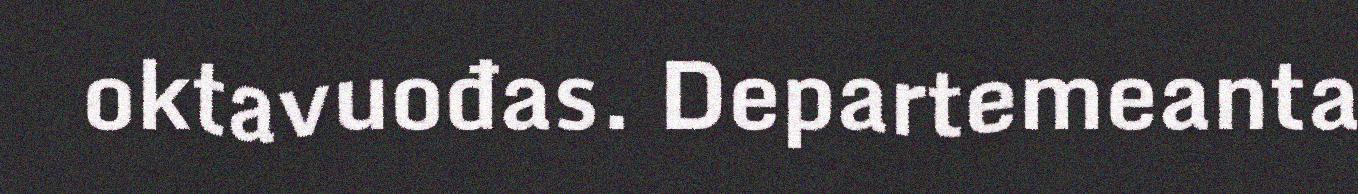
oktavuođas. Departemeanta